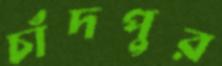
চাঁদপুর